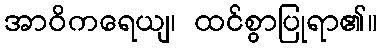
အာဝိကရေယျ၊ ထင်စွာပြုရာ၏။